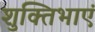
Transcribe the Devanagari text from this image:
शुक्तिभाएं